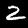
Label: 2